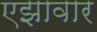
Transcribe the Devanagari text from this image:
एझावार